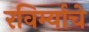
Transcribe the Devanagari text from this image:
रविर्म्याचे